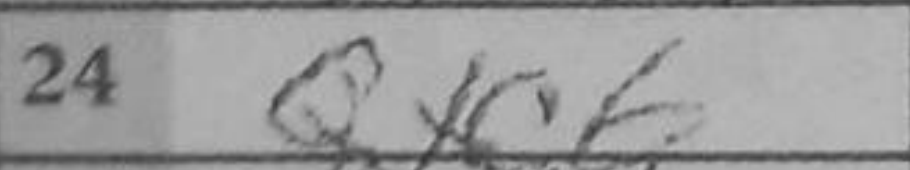
Transcription: Qxc6